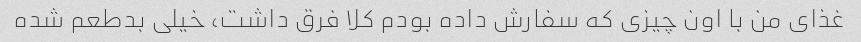
غذای من با اون چیزی که سفارش داده بودم کلا فرق داشت، خیلی بدطعم شده